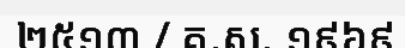
២៥១៣ / គ.ស. ១៩៦៩